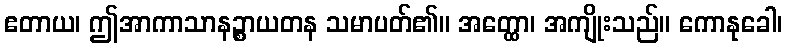
ဧတာယ၊ ဤအာကာသာနဉ္စာယတန သမာပတ်၏။ အတ္ထော၊ အကျိုးသည်။ ကောနုခေါ၊